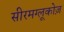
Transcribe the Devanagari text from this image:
सीरमग्लूकोज़